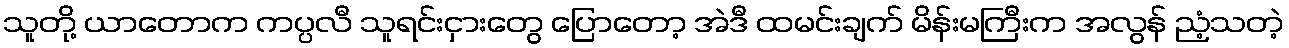
သူတို့ ယာတောက ကပ္ပလီ သူရင်းငှားတွေ ပြောတော့ အဲဒီ ထမင်းချက် မိန်းမကြီးက အလွန် ညံ့သတဲ့